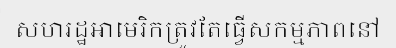
សហរដ្ឋអាមេរិកត្រូវតែធ្វើសកម្មភាពនៅ